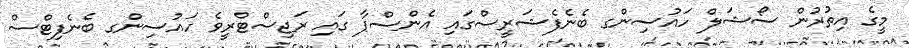
މީގެ އިތުރުން ސޯޝަލް ހައުސިންގ ބެނެފެޝަރީސްގައި އެންސްޕާ ގައި ރަޖިސްޓްރީވެ ހައުސިންގ ބެނެފިޓްސް